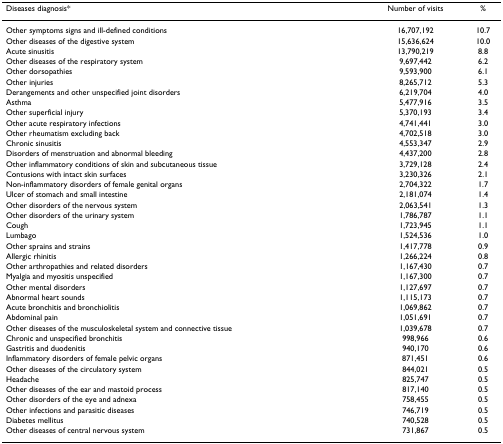
<table><thead><tr><td><b>Diseases diagnosis*</b></td><td><b>Number of visits</b></td><td><b>%</b></td></tr></thead><tbody><tr><td>Other symptoms signs and ill-defined conditions</td><td>16,707,192</td><td>10.7</td></tr><tr><td>Other diseases of the digestive system</td><td>15,636,624</td><td>10.0</td></tr><tr><td>Acute sinusitis</td><td>13,790,219</td><td>8.8</td></tr><tr><td>Other diseases of the respiratory system</td><td>9,697,442</td><td>6.2</td></tr><tr><td>Other dorsopathies</td><td>9,593,900</td><td>6.1</td></tr><tr><td>Other injuries</td><td>8,265,712</td><td>5.3</td></tr><tr><td>Derangements and other unspecified joint disorders</td><td>6,219,704</td><td>4.0</td></tr><tr><td>Asthma</td><td>5,477,916</td><td>3.5</td></tr><tr><td>Other superficial injury</td><td>5,370,193</td><td>3.4</td></tr><tr><td>Other acute respiratory infections</td><td>4,741,441</td><td>3.0</td></tr><tr><td>Other rheumatism excluding back</td><td>4,702,518</td><td>3.0</td></tr><tr><td>Chronic sinusitis</td><td>4,553,347</td><td>2.9</td></tr><tr><td>Disorders of menstruation and abnormal bleeding</td><td>4,437,200</td><td>2.8</td></tr><tr><td>Other inflammatory conditions of skin and subcutaneous tissue</td><td>3,729,128</td><td>2.4</td></tr><tr><td>Contusions with intact skin surfaces</td><td>3,230,326</td><td>2.1</td></tr><tr><td>Non-inflammatory disorders of female genital organs</td><td>2,704,322</td><td>1.7</td></tr><tr><td>Ulcer of stomach and small intestine</td><td>2,181,074</td><td>1.4</td></tr><tr><td>Other disorders of the nervous system</td><td>2,063,541</td><td>1.3</td></tr><tr><td>Other disorders of the urinary system</td><td>1,786,787</td><td>1.1</td></tr><tr><td>Cough</td><td>1,723,945</td><td>1.1</td></tr><tr><td>Lumbago</td><td>1,524,536</td><td>1.0</td></tr><tr><td>Other sprains and strains</td><td>1,417,778</td><td>0.9</td></tr><tr><td>Allergic rhinitis</td><td>1,266,224</td><td>0.8</td></tr><tr><td>Other arthropathies and related disorders</td><td>1,167,430</td><td>0.7</td></tr><tr><td>Myalgia and myositis unspecified</td><td>1,167,300</td><td>0.7</td></tr><tr><td>Other mental disorders</td><td>1,127,697</td><td>0.7</td></tr><tr><td>Abnormal heart sounds</td><td>1,115,173</td><td>0.7</td></tr><tr><td>Acute bronchitis and bronchiolitis</td><td>1,069,862</td><td>0.7</td></tr><tr><td>Abdominal pain</td><td>1,051,691</td><td>0.7</td></tr><tr><td>Other diseases of the musculoskeletal system and connective tissue</td><td>1,039,678</td><td>0.7</td></tr><tr><td>Chronic and unspecified bronchitis</td><td>998,966</td><td>0.6</td></tr><tr><td>Gastritis and duodenitis</td><td>940,170</td><td>0.6</td></tr><tr><td>Inflammatory disorders of female pelvic organs</td><td>871,451</td><td>0.6</td></tr><tr><td>Other diseases of the circulatory system</td><td>844,021</td><td>0.5</td></tr><tr><td>Headache</td><td>825,747</td><td>0.5</td></tr><tr><td>Other diseases of the ear and mastoid process</td><td>817,140</td><td>0.5</td></tr><tr><td>Other disorders of the eye and adnexa</td><td>758,455</td><td>0.5</td></tr><tr><td>Other infections and parasitic diseases</td><td>746,719</td><td>0.5</td></tr><tr><td>Diabetes mellitus</td><td>740,528</td><td>0.5</td></tr><tr><td>Other diseases of central nervous system</td><td>731,867</td><td>0.5</td></tr></tbody></table>